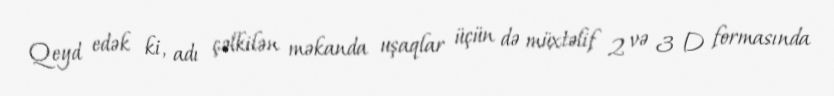
Qeyd edək ki, adı çəlkilən məkanda uşaqlar üçün də müxtəlif 2 və 3 D formasında